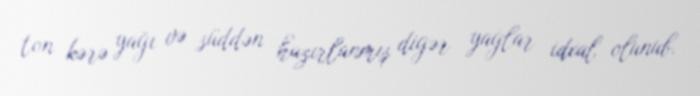
ton kərə yağı və süddən hazırlanmış digər yağlar idxal olunub.